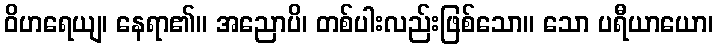
ဝိဟရေယျ၊ နေရာ၏။ အညောပိ၊ တစ်ပါးလည်းဖြစ်သော။ သော ပရီယာယော၊